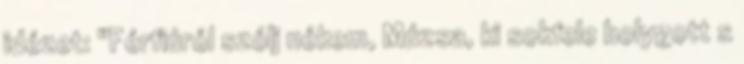
idézet: "Férfiúról szólj nékem, Múzsa, ki sokfele bolygott s